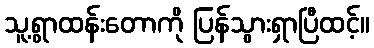
သူ့ရွာထန်းတောကို ပြန်သွားရှာပြီထင့်။